Report on vaccination North-West Frontier Province 1904-1922 - 1904-1922
Year: 1904
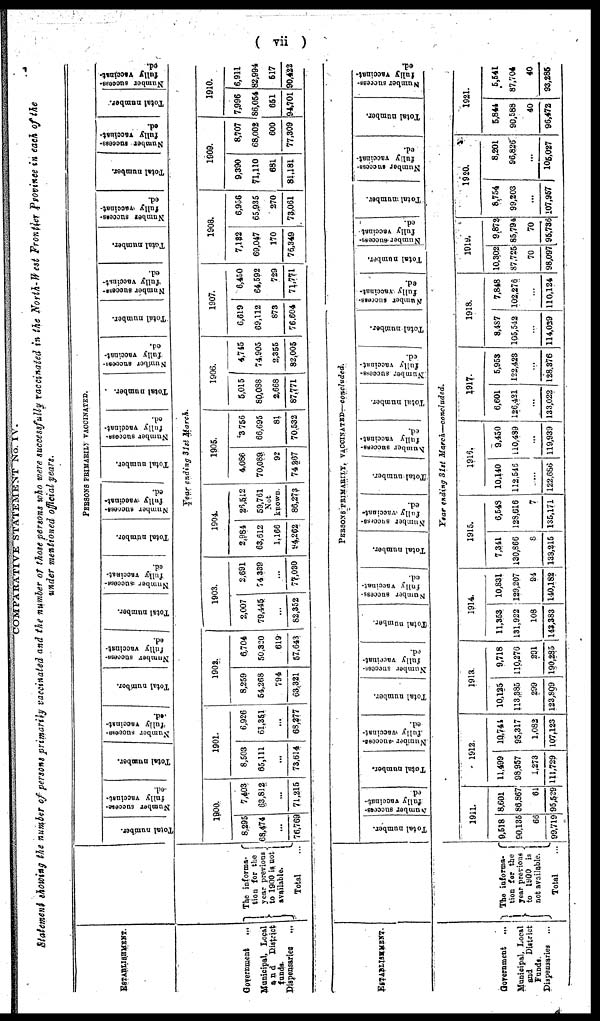
( vii )
COMPARATIVE STATEMENT No. IV.
Statement showing the number of persons primarily vaccinated and the number of those persons who were successfully vaccinated in the North-West Frontier Province in each of the
under mentioned official years.
ESTABLISHMENT.
Government ...
Municipal, Local
and
District
funds.
Dispensaries ...
The informa¬
tion for the
year previous
to 1900 is not
available.
Total
PERSONS PRIMARILY VACCINATED.
Total number.
Number success¬
fully vaccinat¬
ed.
Total number.
Number success¬
fully vaccinat¬
ed.
Total number.
Number success-
fully vaccinat¬
ed.
Total number.
Number success¬
fully vaccinat¬
ed.
Total number.
Number success¬
fully vaccinat-
ed.
Total number.
Number success-
fully
vaccinat¬
ed.
Total number.
Number success¬
fully vaccinat¬
ed.
Total number.
Number success¬
fully vaccinat-
ed.
Total number.
Number success-
fully vaccinat-
ed.
Total number.
Number success-
fully vaccinat¬
ed.
Total number.
Number success-
fully vaccinat-
ed.
Year ending 31st March.
1900.
8,295
68,474
...
76,769
7,403
63,812
...
71,215
1901.
8,503
65,111
...
73,614
6,926
61,351
...
68,277
1902.
8,259
54,268
794
63,321
6,704
50,320
619
57,643
1903.
2,007
79,445
...
82,352
2,691
74,339
...
77,030
1904.
2,984
63,612
1,166
94,262
26,512
59,761
Not
known.
86,273
1905.
4,086
70,089
92
74,267
3,756
66,695
81
70,532
1906.
5,015
80,088
2,668
87,771
4,745
74,905
2,355
82,005
1907.
6,619
69,112
873
76,604
6,450
64,592
729
71,771
1908.
7,132
69,047
170
76,349
6,956
65,935
270
73,061
1909.
9,390
71,110
681
81,181
8,707
68,002
600
77,309
1910.
7,996
86,054
651
94,701
6,911
82,994
517
90,422
ESTABLISHMENT.
Government ...
Municipal Local
and
District
Funds.
Dispensaries ...
The informa¬
tion for the
year previous
to 1900 is
not available.
Total ...
PERSONS PRIMARILY VACCINATED—concluded.
Total number.
Number success-
fully vaccinat-
ed.
Total number.
Number success¬
fully vaccinat¬
ed.
Total number.
Number success-
fully vaccinat¬
ed.
Total number.
Number success-
fully vaccinat¬
ed.
Total number.
Number success¬
fully vaccinat¬
ed.
Total number.
Number success-
fully vaccinat-
ed.
Total number.
Number success-
fully vaccinat¬
ed.
Total number.
Number success-
fully vaccinat-
ed.
Total number.
Number success-
fully vaccinat¬
ed.
Total number.
Number success-
fully vaccinat-
ed.
Total number.
Number success-
fully vaccinat¬
ed.
Year ending 31st March—concluded.
1911.
9,518
90,135
66
99,719
8,601
86,867
61
95,529
1912.
11,499
98,957
1,273
111,729
10,741
95,317
1,082
107,123
1913.
10,125
113,385
299
123,809
9,718
110,276
291
190,285
1914.
11,353
131,922
108
143,383
10,831
129,207
94
140,182
1915.
7,341
130,866
8
138,215
6,548
128,616
7
135,171
1916.
10,140
112,546
...
122,686
9,450
110,489
...
119,939
1917.
6,601
126,421
...
133,022
5,953
122,423
...
128,376
1918.
8,487
105,542
...
114,029
7,848
102,276
...
110,124
1119.
10,302
87,725
70
98,097
9,872
85,794
70
95,736
1920.
8,754
99,203
...
107,957
8,201
96,826
...
105,027
1921.
5,844
90,588
40
96,472
5,541
87,704
40
93,285